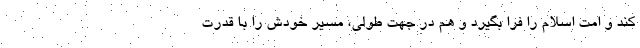
کند و امت اسلام را فرا بگیرد و هم در جهت طولی، مسیر خودش را با قدرت